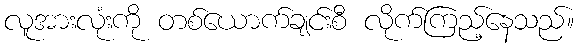
လူအားလုံးကို တစ်ယောက်ချင်းစီ လိုက်ကြည့်နေသည်။